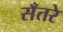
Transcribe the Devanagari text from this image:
सँतरे